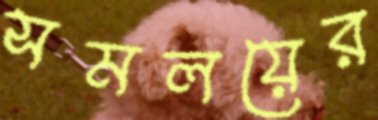
সমলয়ের